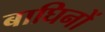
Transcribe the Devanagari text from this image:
बाघिनों